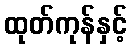
ထုတ်ကုန်နှင့်